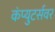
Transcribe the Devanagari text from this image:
कंप्युटर्सवर